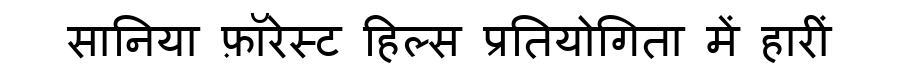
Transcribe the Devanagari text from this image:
सानिया फ़ॉरेस्ट हिल्स प्रतियोगिता में हारीं